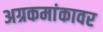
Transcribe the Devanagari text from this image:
अग्रकमांकावर